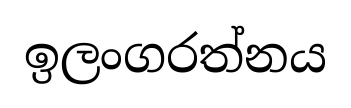
ඉලංගරත්නය